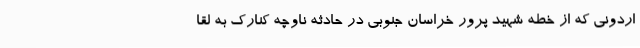
اردونی که از خطه شهید پرور خراسان جنوبی در حادثه ناوچه کنارک به لقا